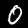
Label: 0